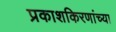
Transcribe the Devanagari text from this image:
प्रकाशकिरणांच्या